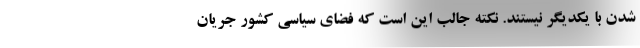
شدن با یکدیگر نیستند. نکته جالب این است که فضای سیاسی کشور جریان